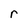
Character: r